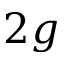
2 g